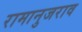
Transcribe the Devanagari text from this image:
रामानुजराव